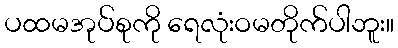
ပထမအုပ်စုကို ရေလုံးဝမတိုက်ပါဘူး။